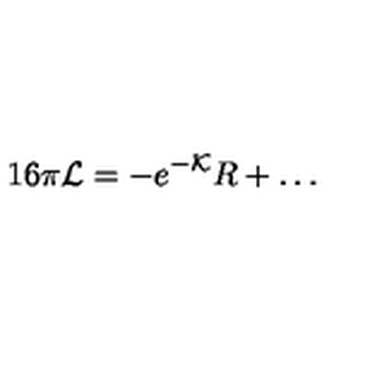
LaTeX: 1 6 \pi { \cal L } = - e ^ { - { \cal K } } R + \dots